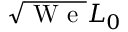
\sqrt { \mathrm { ~ W ~ e ~ } } L _ { 0 }